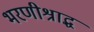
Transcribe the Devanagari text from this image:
भरणीश्राद्ध